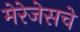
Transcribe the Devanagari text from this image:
मेरेजेसचे